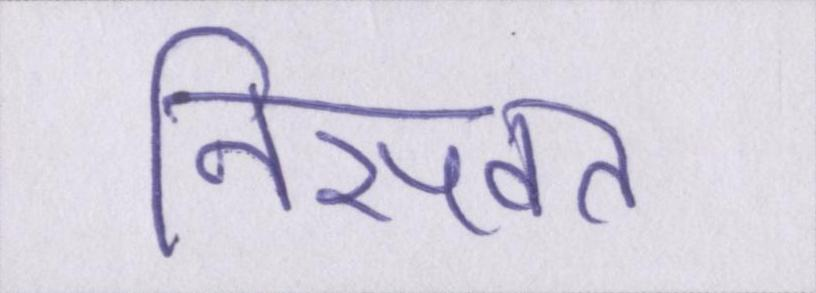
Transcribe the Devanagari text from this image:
निसवत